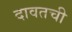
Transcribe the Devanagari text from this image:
दावतची